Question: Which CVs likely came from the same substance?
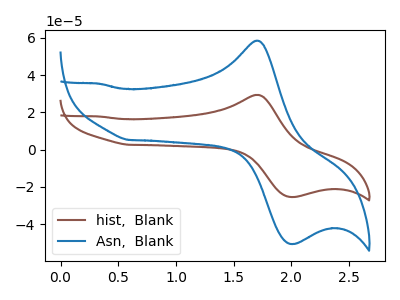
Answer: <think>The brown curve "hist,  Blank" has an anodic peak at (1.70V, 29.40uA) and a cathodic peak at (2.05V, -25.45uA). The blue curve "Asn,  Blank" has an anodic peak at (1.70V, 58.45uA) and a cathodic peak at (2.05V, -50.65uA).
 All the peaks in "hist,  Blank" have a peak in "Asn,  Blank" at the same potential. Every peak in "hist,  Blank" is lower than every peak in "Asn,  Blank".</think>
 <answer>"Asn,  Blank" and "hist,  Blank" have the same shape and are likely CV's of the same chemical.</answer>
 <eval>"Asn,  Blank" "hist,  Blank"</eval>